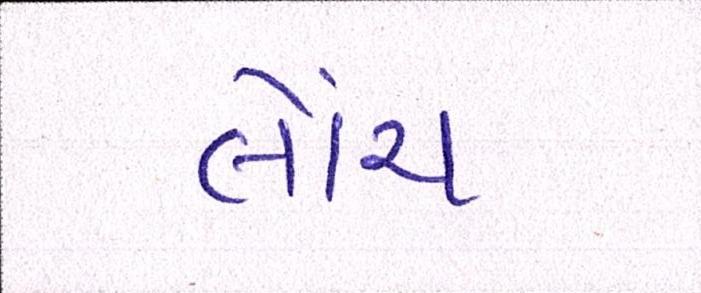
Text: લોંચ